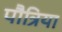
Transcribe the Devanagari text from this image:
पौत्रिया